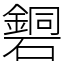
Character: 𥖹